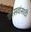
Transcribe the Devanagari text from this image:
कासवांसाठी